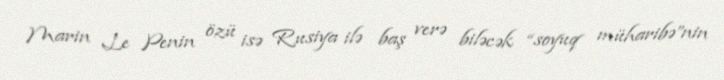
Marin Le Penin özü isə Rusiya ilə baş verə biləcək “soyuq müharibə”nin